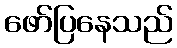
ဖော်ပြနေသည်